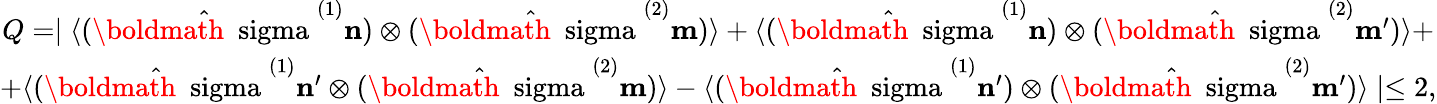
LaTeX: \begin{array}{c}{{Q=\mid\langle(\hat{\mathrm{\boldmath~\ sigma~}}^{(1)}{\mathbf n})\otimes(\hat{\mathrm{\boldmath~\ sigma~}}^{(2)}{\mathbf m})\rangle+\langle(\hat{\mathrm{\boldmath~\ sigma~}}^{(1)}{\mathbf n})\otimes(\hat{\mathrm{\boldmath~\ sigma~}}^{(2)}{\mathbf m}^{\prime})\rangle+}}\\ {{+\langle(\hat{\mathrm{\boldmath~\ sigma~}}^{(1)}{\mathbf n}^{\prime}\otimes(\hat{\mathrm{\boldmath~\ sigma~}}^{(2)}{\mathbf m})\rangle-\langle(\hat{\mathrm{\boldmath~\ sigma~}}^{(1)}{\mathbf n}^{\prime})\otimes(\hat{\mathrm{\boldmath~\ sigma~}}^{(2)}{\mathbf m}^{\prime})\rangle\mid\le 2,}}\end{array}